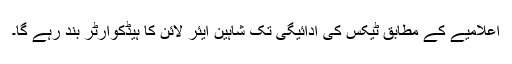
اعلامیے کے مطابق ٹیکس کی ادائیگی تک شاہین ایئر لائن کا ہیڈکوارٹر بند رہے گا۔